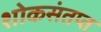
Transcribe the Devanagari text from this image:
शोकसंतप्त